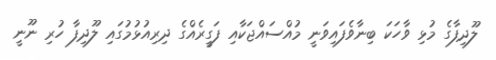
ލޫދިފާގެ މުޅި ވާހަކަ ބިނާވެފައިވަނީ މުއްސައްޖަކާއި ފަގީރެއްގެ ދިރިއުޅުމުގައި ލޫދިފާ ހުރި ނޫނީ